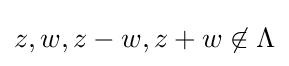
z,w,z-w,z+w\not \in \Lambda